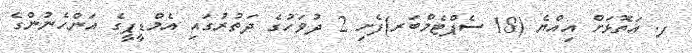
ފ. އަތޮޅަށް އިއްޔެ (18 ސެޕްޓެމްބަރ)ފެށި 2 ދުވަހުގެ ދަތުރުގައި އެމްޑީޕީގެ އަންހެނުންގެ